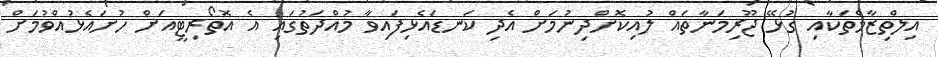
އިލްތިޒާމްތަކާއި ގުޅޭ ޖޫރިމަނާތައް ލުއިކޮށްދިނުމަށް އެދި ކަނޑައެޅިފައިވާ މުއްދަތުގައި އެ އޮތޯރިޓީއަށް ހުށައެޅުއްވުމަށް